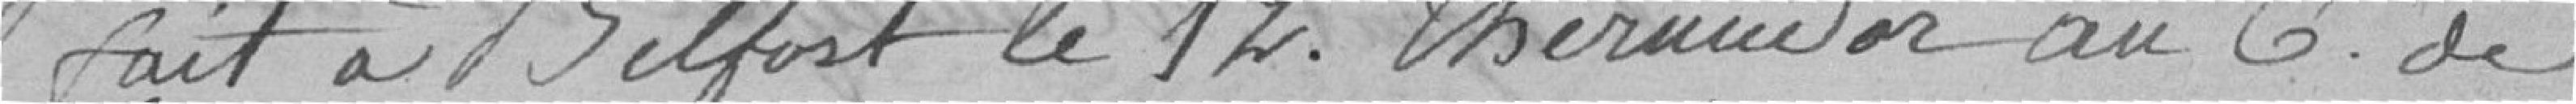
Fait à Belfort le 12 Thermidor an 6 de